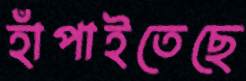
হাঁপাইতেছে